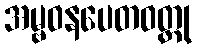
အမ္ဗဝနပေတဝတ္ထု